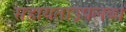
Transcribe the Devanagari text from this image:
सहायताउपलब्ध